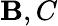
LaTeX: \mathbf{B},C